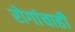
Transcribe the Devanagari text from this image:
रोगांचाही